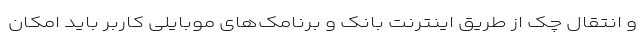
و انتقال چک از طریق اینترنت بانک و برنامک‌های موبایلی کاربر باید امکان